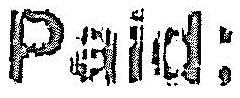
PAID: